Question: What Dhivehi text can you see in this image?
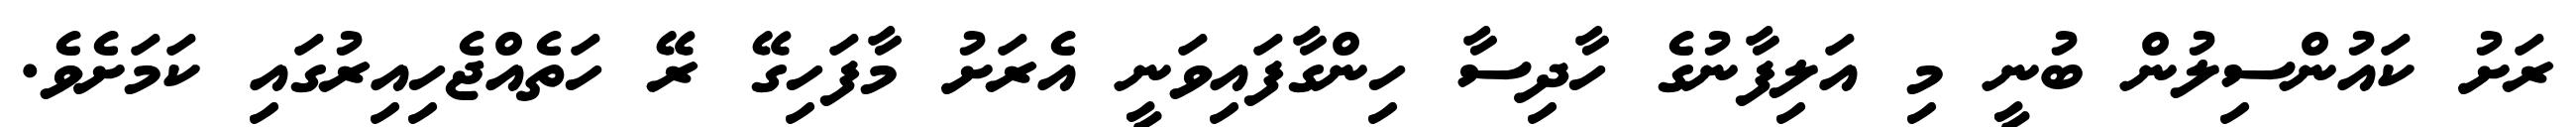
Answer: ރަށު ކައުންސިލުން ބުނީ މި އަލިފާނުގެ ހާދިސާ ހިންގާފައިވަނީ އެރަށު މާފަހިގޭ ރޭ ހަތެއްޖެހިއިރުގައި ކަމަށެވެ.